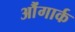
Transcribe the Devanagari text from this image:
औंगार्क